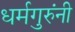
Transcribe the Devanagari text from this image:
धर्मगुरुंनी